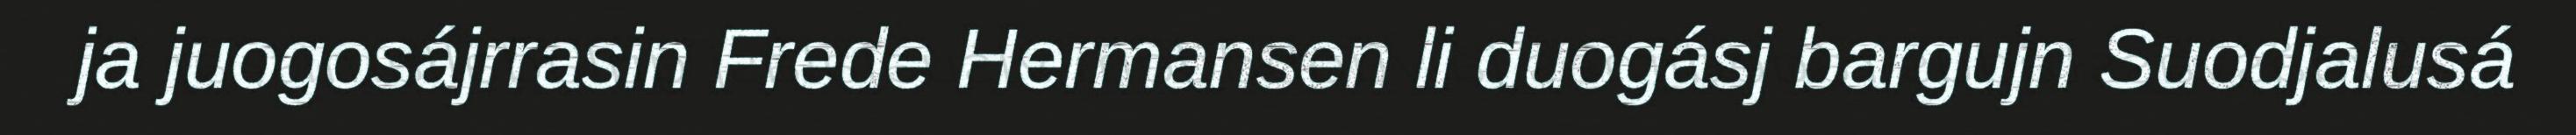
ja juogosájrrasin Frede Hermansen li duogásj bargujn Suodjalusá